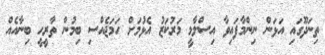
ތިނަދޫގައި އަޅަން ނިންމާފައިވާ އިސްލާމީ މަރުކަޒު އެޅުމަށް ހަމަޖެއްސި ބިމުން ތާރީހީ ބިނާއެއް